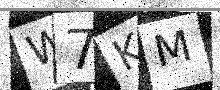
Text: W7KM